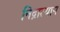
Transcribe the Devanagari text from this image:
निद्रात्याग